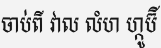
ចាប់ពី វាល លំហ ហ្កូប៊ី